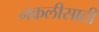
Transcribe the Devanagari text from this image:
नकलीसाठी